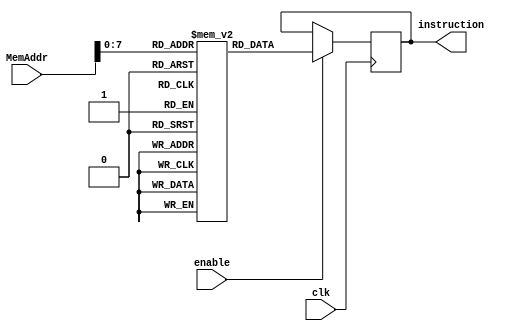
module InstrMem(

output reg [15:0] instruction,  // Instruction Output
input enable,                   // Memory enable
input [11:0] MemAddr,           // Address input (Program counter)
input clk
    );
    
     reg [15:0] Memory [255:0]; // 255 word length of 16 bits
     
     always @ (posedge clk) begin
         if (enable) begin
            instruction = Memory[MemAddr]; // Output the contents referred to by the address
         end
     end
     
     
     initial begin  // Test instructions
        Memory[0] = 'b011_0_000000000000;  // INCR Accumulator by one
        Memory[1] = 'b000_0_000000000000;  // invert
        Memory[2] = 'b000_0_000000000000;  // invert
        Memory[3] = 'b001_0_000000000010;  // add with carry
        Memory[4] = 'b001_0_000000000000;  // add with carry
        Memory[5] = 'b001_0_000000000001;  // add with carry
        Memory[6] = 'b001_0_000000000010;  // add with carry
        Memory[7] = 'b000_0_000000000000;  // add with carry
     end
endmodule